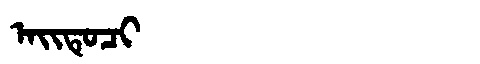
Manchu: ᠠᡳᡨᡠᠴᡳ
Romanization: AITUCI